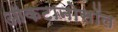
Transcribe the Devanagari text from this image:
ऑकटानोसॉल